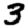
Digit: 3